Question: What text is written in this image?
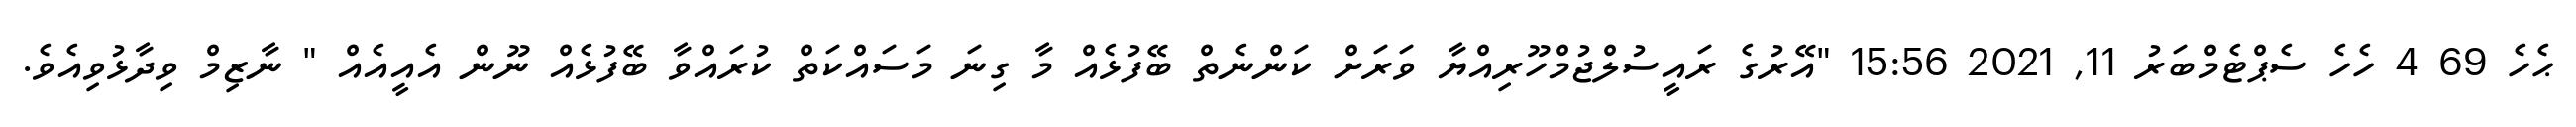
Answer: ޙެހެ 69 4 ހެހެ ސެޕްޓެމްބަރު 11, 2021 15:56 "އޭރުގެ ރައީސުލްޖުމްހޫރިއްޔާ ވަރަށް ކަންނެތް ބޭފުޅެއް މާ ގިނަ މަސައްކަތް ކުރައްވާ ބޭފުޅެއް ނޫން އެއީއެއް " ނާޒިމް ވިދާޅުވިއެވެ.